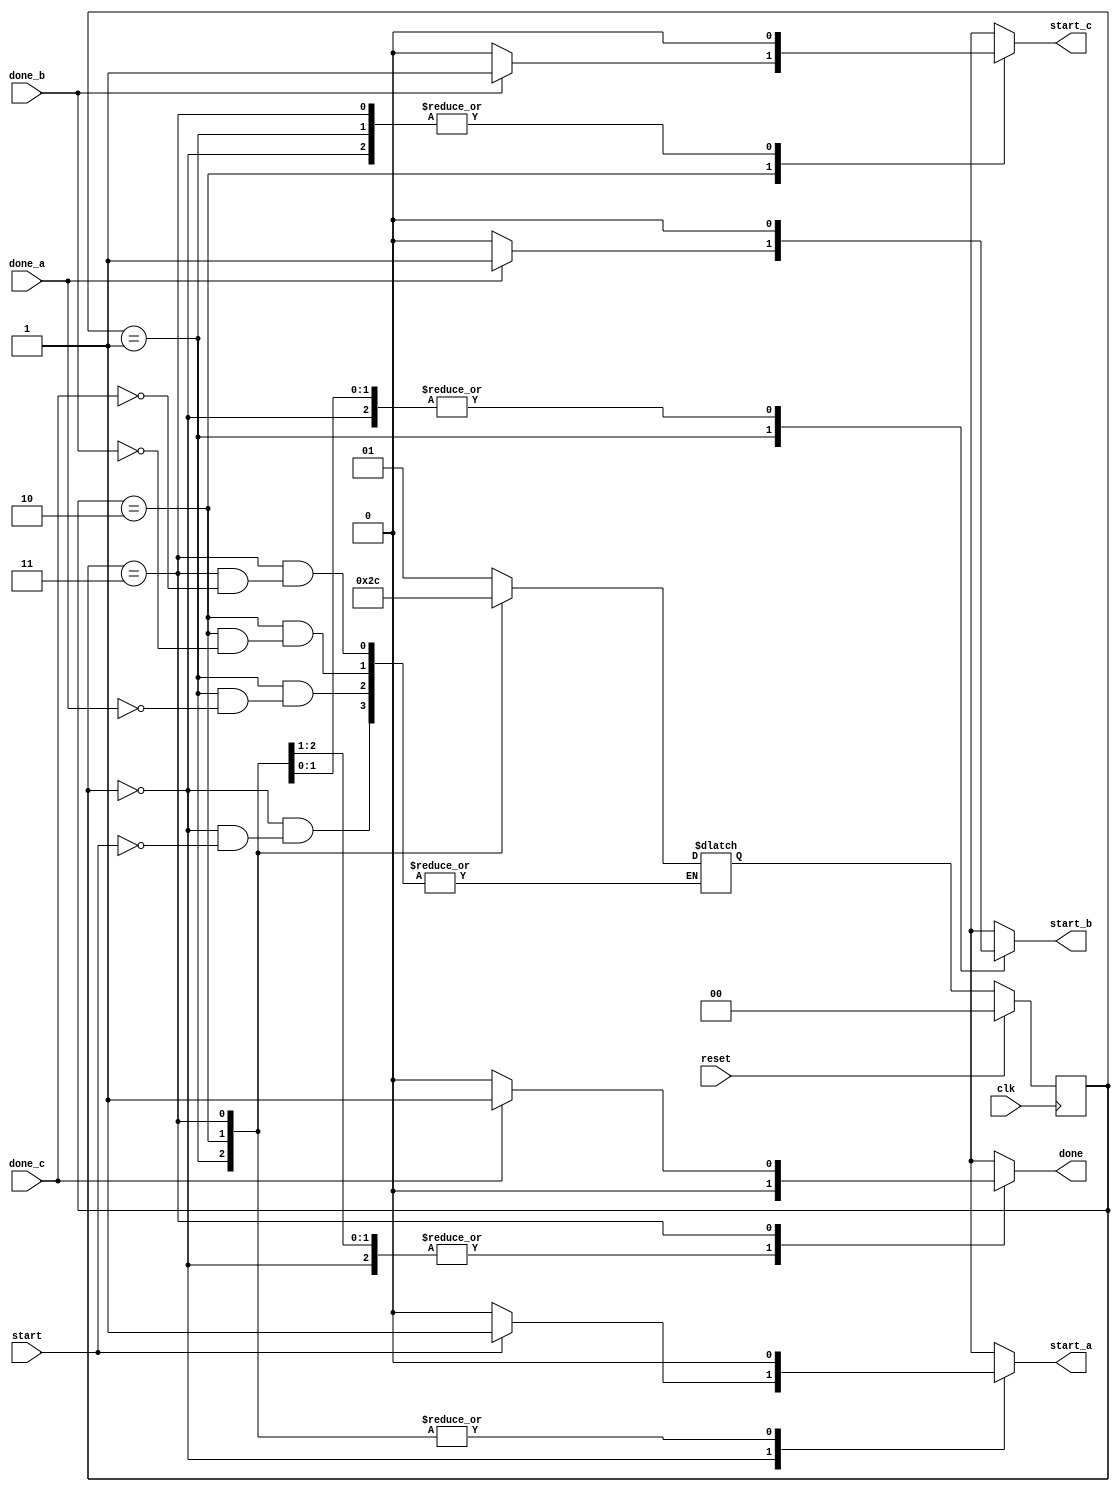
module melay_machine (
input				clk,
input				reset,
input				start,
input				done_a,
input				done_b,
input				done_c,
output	reg 		start_a,
output	reg			start_b,
output	reg			start_c,
output	reg			 done
);



reg	[1:0] state_nxt;
reg [1:0] state;

parameter		IDLE 	= 2'd0;
parameter		WAIT_A	= 2'd1;
parameter		WAIT_B	= 2'd2;
parameter		WAIT_C	= 2'd3;

always @ (*)
begin
	
	start_a		=	0;
	start_b		=	0;
	start_c		=	0;
	done		=	0;	

	case(state)
	IDLE:
		if(start)
		begin
		start_a		=	1;
		state_nxt	=	WAIT_A;
		end
	WAIT_A:
		if(done_a)
		begin
		start_b		=	1;
		state_nxt	=	WAIT_B;
		end
	WAIT_B:
		if(done_b)
		begin
		start_c		=	1;
		state_nxt	=	WAIT_C;
		end
	WAIT_C:
		if(done_c)
		begin
		done		=	1;
		state_nxt	=	IDLE;
		end
	endcase
end


always @ (posedge clk)
	if (reset)
		state <= IDLE;
	else
		state <= state_nxt;
endmodule